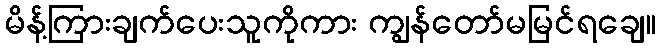
မိန့်ကြားချက်ပေးသူကိုကား ကျွန်တော်မမြင်ရချေ။